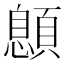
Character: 𩔨